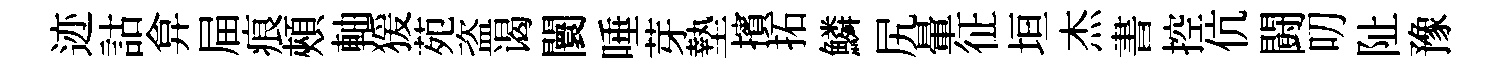
迹詁弇屇痕頰軸猨苑盗谒闤唾芽墊擯拓鱗尻暈征垣杰書控伉闘叨阯豫